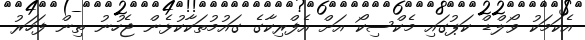
އެކަމަކު ވޯލްޑް ކަޕުގައި މެކްސިކޯ އަށް އެފްރިކާގެ ގައުމުތަކާކުޅެން ޖެހުނު ތިން ފަހަރު